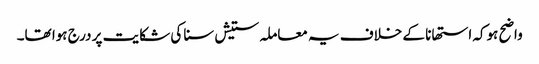
واضح ہوکہ استھانا کے خلاف یہ معاملہ ستیش سنا کی شکایت پر درج ہوا تھا۔